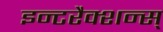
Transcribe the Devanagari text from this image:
इन्टरैक्शन्स्